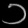
Digit: ၁